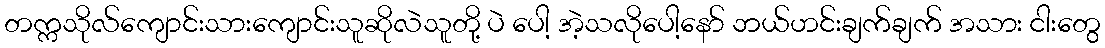
တက္ကသိုလ်ကျောင်းသားကျောင်းသူဆိုလဲသူတို့ ပဲ ပေါ့ အဲ့သလိုပေါ့နော် ဘယ်ဟင်းချက်ချက် အသား ငါးတွေ